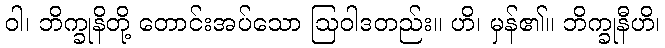
ဝါ၊ ဘိက္ခုနိတို့ တောင်းအပ်သော ဩဝါဒတည်း။ ဟိ၊ မှန်၏။ ဘိက္ခုနီဟိ၊